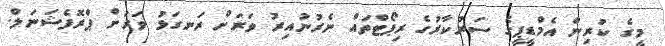
މީގެ ކުރިން އެމްޑީޕީގެ ސަރުކާރުގެ ރިޕޯޓްތައް ނެރުނުއިރު ވަރަށް ރަނގަޅު ވަރަށް ޕްރޮފެޝަނަލް.